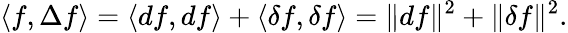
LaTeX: \langle f,\Delta f\rangle=\langle df,df\rangle+\langle\delta f,\delta f\rangle=\| df\| ^{2}+\| \delta f\| ^{2}.